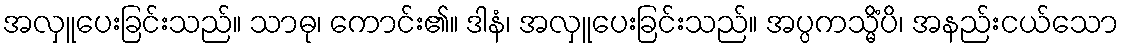
အလှူပေးခြင်းသည်။ သာဓု၊ ကောင်း၏။ ဒါနံ၊ အလှူပေးခြင်းသည်။ အပ္ပကသ္မိံပိ၊ အနည်းငယ်သော